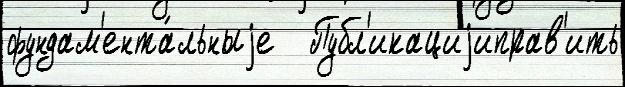
фундам'ента́льныjе   Публ'икациjиправ'ить